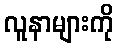
လူနာများကို